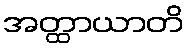
အတ္ထာယာတိ